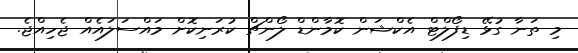
މި ތަނާ ގުޅޭ ޑިފޯލްޓް އެކްޝަން ކޮމާންޑް ލޯންޗް ކުރަނިކޮށް މައްސަލައެއް ޖެހިއްޖެ.